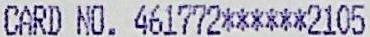
CARD NO. 461772******2105